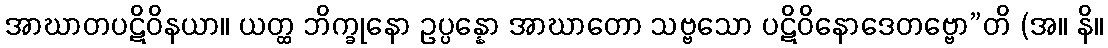
အာဃာတပဋိဝိနယာ။ ယတ္ထ ဘိက္ခုနော ဥပ္ပန္နော အာဃာတော သဗ္ဗသော ပဋိဝိနောဒေတဗ္ဗော”တိ (အ။ နိ။